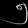
Digit: ၅